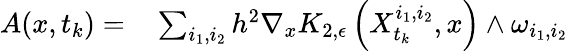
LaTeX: \begin{array}{rl}{A(x,t_{k})=}&{{}\sum_{i_{1},i_{2}}h^{2}\nabla_{x}K_{2,\epsilon}\left(X_{t_{k}}^{i_{1},i_{2}},x\right)\wedge\omega_{i_{1},i_{2}}}\end{array}